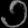
Digit: ၁